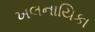
ખલનાયિકા